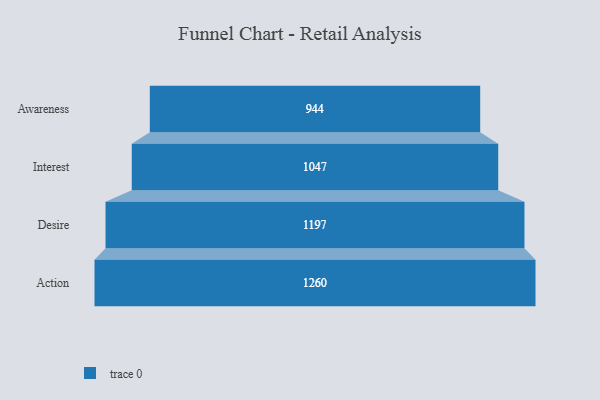
{"axis": {"x": "Stage", "y": "Value"}, "legend": [""], "data": [{"x": "Awareness", "y": 944.0, "type": ""}, {"x": "Interest", "y": 1047.0, "type": ""}, {"x": "Desire", "y": 1197.0, "type": ""}, {"x": "Action", "y": 1260.0, "type": ""}]}